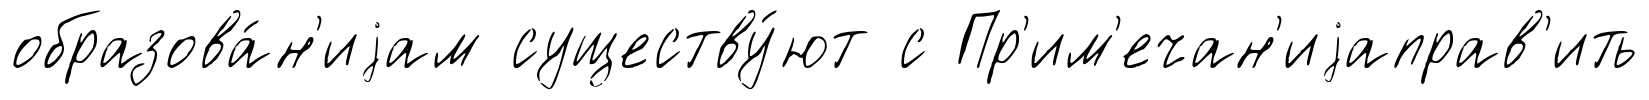
образова́н'иjам существу́ют с Пр'им'ечан'иjаправ'ить